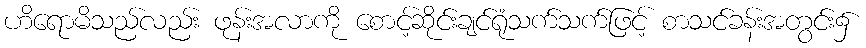
ဟိရောမိသည်လည်း ဖုန်းအလာကို စောင့်ဆိုင်းချင်ရုံသက်သက်ဖြင့် စာသင်ခန်းအတွင်း၌